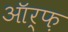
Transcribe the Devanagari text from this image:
ऑर्फ़